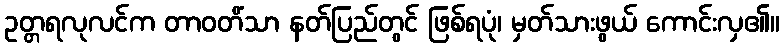
ဥတ္တရလုလင်က တာဝတိံသာ နတ်ပြည်တွင် ဖြစ်ရပုံ၊ မှတ်သားဖွယ် ကောင်းလှ၏။